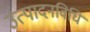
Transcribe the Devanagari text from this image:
उत्पादनविधि